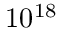
1 0 ^ { 1 8 }